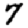
Digit: 7